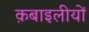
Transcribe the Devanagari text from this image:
क़बाइलीयों